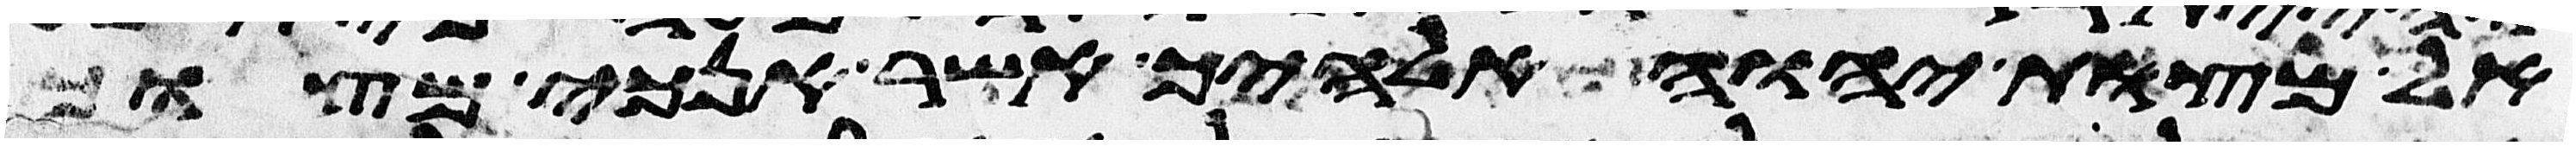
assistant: אל מצות יהוה אלהיך אשר אנכי מצוך